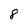
Character: 8